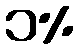
၁%